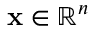
\mathbf { x } \in \mathbb { R } ^ { n }